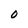
Character: O